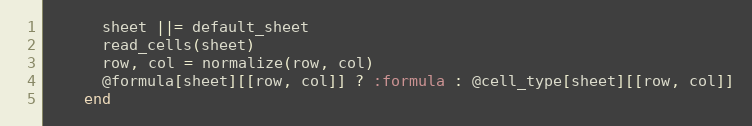
Language: Ruby
      sheet ||= default_sheet
      read_cells(sheet)
      row, col = normalize(row, col)
      @formula[sheet][[row, col]] ? :formula : @cell_type[sheet][[row, col]]
    end